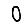
Digit: 0